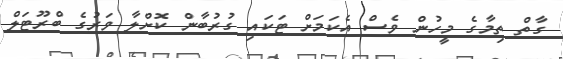
ގާތް ތިމާގެ މީހުން ވެސް އެކަމަށް ޓަކައި ގުރުބާން ކޮށްލާ ވަރުގެ ބްރޫޓަލް